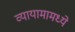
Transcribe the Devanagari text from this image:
व्यायामामध्ये